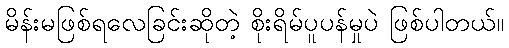
မိန်းမဖြစ်ရလေခြင်းဆိုတဲ့ စိုးရိမ်ပူပန်မှုပဲ ဖြစ်ပါတယ်။